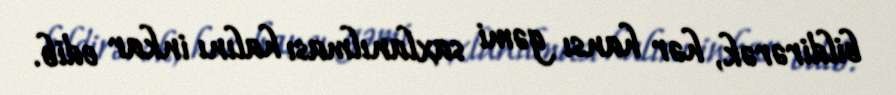
bildirərək, hər hansı gəmi saxlanılması halını inkar edib.